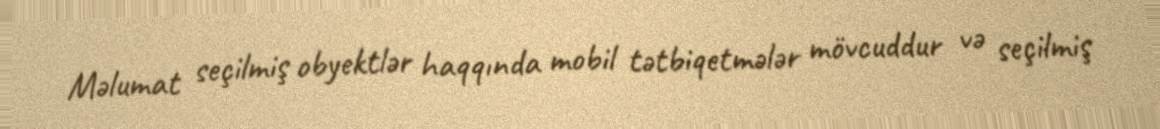
Məlumat seçilmiş obyektlər haqqında mobil tətbiqetmələr mövcuddur və seçilmiş